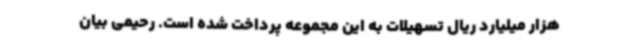
هزار میلیارد ریال تسهیلات به این مجموعه پرداخت شده است. رحیمی بیان